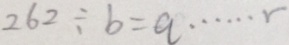
2 6 2 \div b = q \cdots r